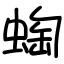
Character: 蜪